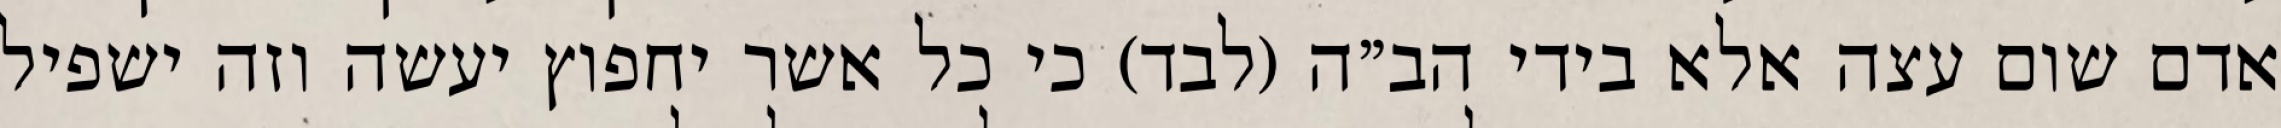
אדם שום עצה אלא בידי הב”ה (לבד) כי כל אשר יחפוץ יעשה וזה ישפיל